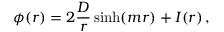
\phi ( r ) = 2 \frac D r \sinh ( m r ) + I ( r ) \, ,